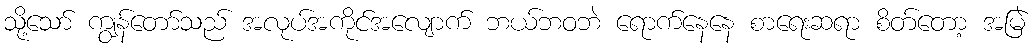
သို့သော် ကျွန်တော်သည် အလုပ်အကိုင်အလျောက် ဘယ်ဘဝဘဲ ရောက်နေနေ စာရေးဆရာ စိတ်တော့ အမြဲ